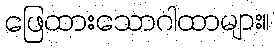
ဖြေထားသောဂါထာများ။